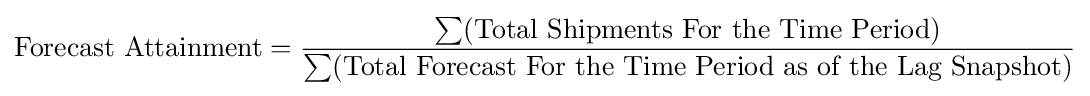
{\text{Forecast Attainment}}={\frac {\sum ({\text{Total Shipments For the Time Period}})}{\sum ({\text{Total Forecast For the Time Period as of the Lag Snapshot}})}}